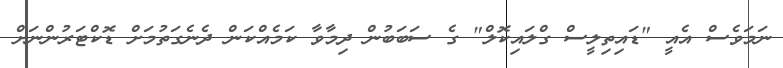
ނަމަވެސް އެއީ "ޑައިތިލީސް ގްލައިކޮލް" ގެ ސަބަބުން ދިމާވާ ކަމެއްކަން ދެނެގަތުމަށް ޑޮކްޓަރުންނަށް